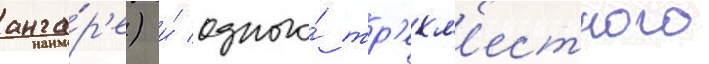
анга́р'е) и́ одного́ тр'ехм'естного